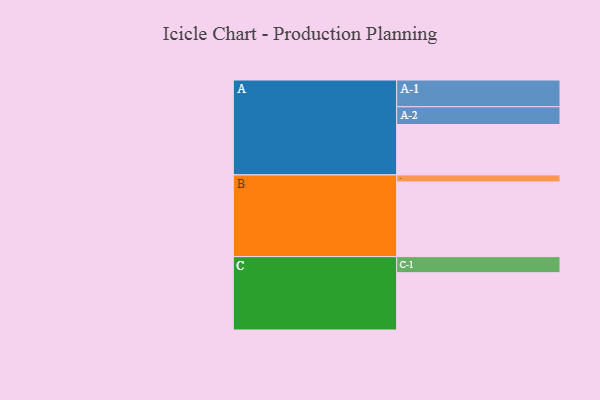
{"axis": {"x": "Segment", "y": "Value"}, "legend": ["", "A", "B", "C"], "data": [{"x": "A", "y": 386, "type": ""}, {"x": "B", "y": 572, "type": ""}, {"x": "C", "y": 439, "type": ""}, {"x": "A-1", "y": 205, "type": "A"}, {"x": "A-2", "y": 136, "type": "A"}, {"x": "B-1", "y": 54, "type": "B"}, {"x": "C-1", "y": 123, "type": "C"}]}